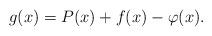
LaTeX: \begin{align*}g(x)=P(x)+f(x)-\varphi(x).\end{align*}